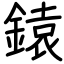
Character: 鎱